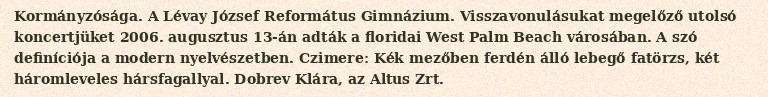
Kormányzósága. A Lévay József Református Gimnázium. Visszavonulásukat megelőző utolsó koncertjüket 2006. augusztus 13-án adták a floridai West Palm Beach városában. A szó definíciója a modern nyelvészetben. Czimere: Kék mezőben ferdén álló lebegő fatörzs, két háromleveles hársfagallyal. Dobrev Klára, az Altus Zrt.